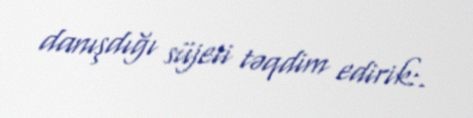
danışdığı süjeti təqdim edirik:.